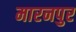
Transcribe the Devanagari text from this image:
मारनपुर